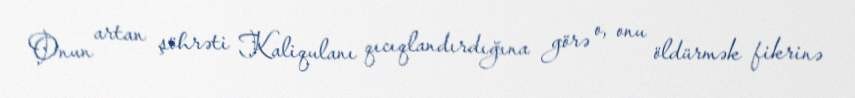
Onun artan şöhrəti Kaliqulanı qıcıqlandırdığına görə o, onu öldürmək fikrinə